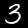
Digit: 3